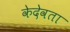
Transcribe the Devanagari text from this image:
केदेवता